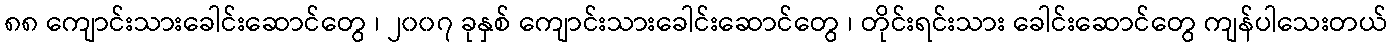
၈၈ ကျောင်းသားခေါင်းဆောင်တွေ ၊ ၂၀၀၇ ခုနှစ် ကျောင်းသားခေါင်းဆောင်တွေ ၊ တိုင်းရင်းသား ခေါင်းဆောင်တွေ ကျန်ပါသေးတယ်